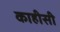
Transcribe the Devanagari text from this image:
काहीसी